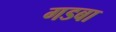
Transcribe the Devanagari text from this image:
गडबा